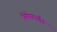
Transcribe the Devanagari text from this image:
निमेषापर्यंत